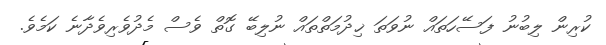
ކުރިން ލިބުނު ފަސޭހަތައް ނުވަތަ ޚިދުމަތްތައް ނުލިބޭ ގޮތް ވެސް މެދުވެރިވެދާނެ ކަމެވެ.